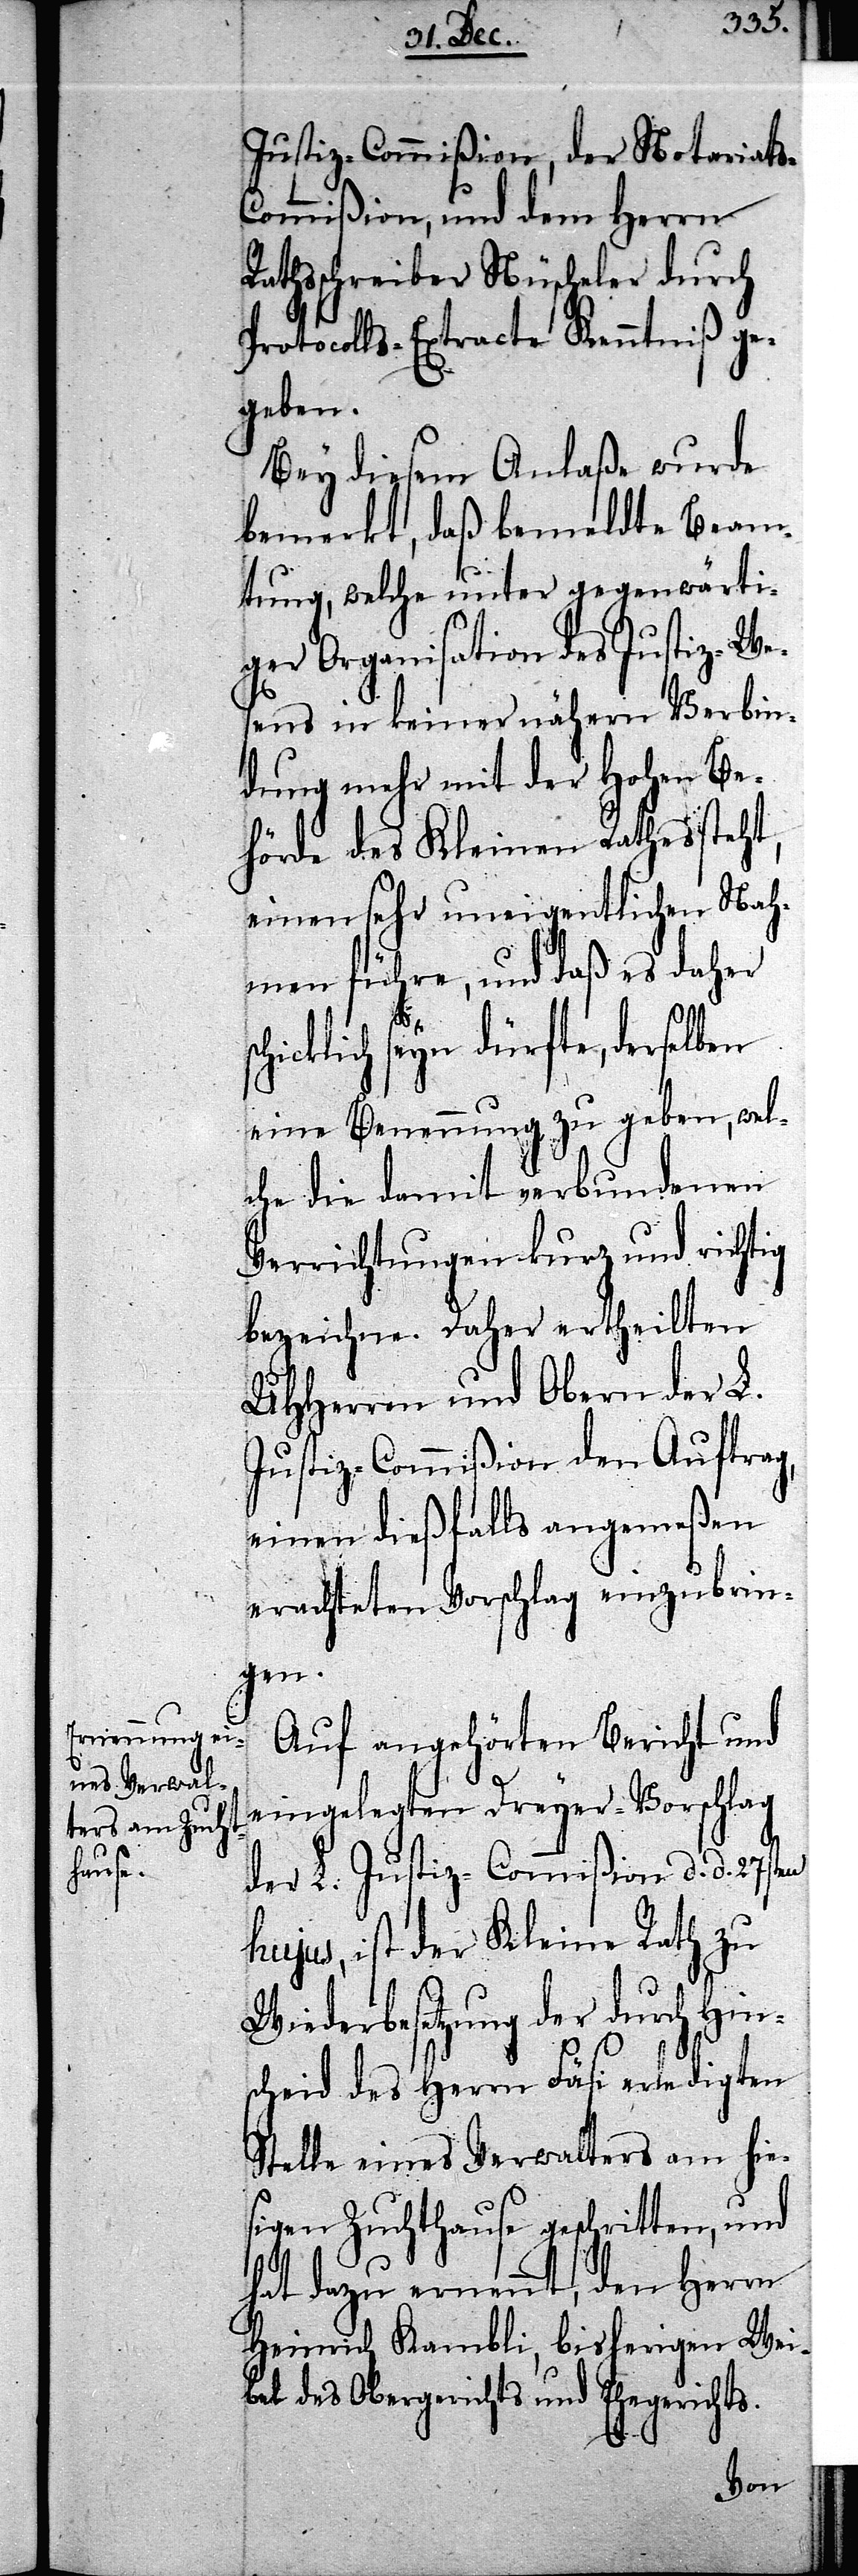
Justiz-Commißion, der Notariat¬
ommißion, und dem Herrn
Rathsschreiber Nüscheler durch
Protocolls-Extracte Kenntniß ge¬
geben.
Bey diesem anlaße wurde
bemerkt, daß bemeldte Beam¬
tung, welche unter gegenwärti¬
ger Organisation des Justiz-Wes¬
ens in keiner nähern Verbin¬
dung mehr mit der Hohen Be¬
hörde des Kleinen Rathes steht,
einen sehr uneigentlichen Nah¬
men führe, und daß es daher
hicklich seyn dürfte, derselben
eine Benennung zu geben, wel¬
che die damit verbundenen
Verrichtungen kurz und richtig
bezeichnen. Daher erhteilten
UHHerren und Obern der L.
Justiz-Commißion den Auftrag,
einen dießfalls angemeßen
erachteten Vorschlag einzubrin¬
gen.
Auf angehörten Bericht und
s-C¬
der L. Justiz-Commißion d. d. 27sten
hujus, ist der Kleine Rath zu
Wiederbesetzung der durch Hin¬
scheid des Herrn Fäsi erledigten
Stelle eines Verwalters am hie¬
sigen Zuchthause geschritten, und
sc¬
hat dazu ernennt, den Herrn
Heinrich Kambli, bisherigen Wei¬
bel des Obergerichts und Ehegerichts.